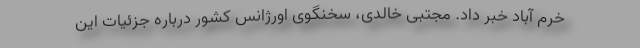
خرم آباد خبر داد. مجتبی خالدی، سخنگوی اورژانس کشور درباره جزئیات این